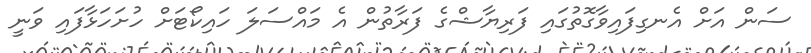
ސަން އަށް އެނގިފައިވާގޮތުގައި ފަރިޔާޝްގެ ފަރާތުން އެ މައްސަލަ ހައިކޯޓަށް ހުށަހަޅާފައި ވަނީ